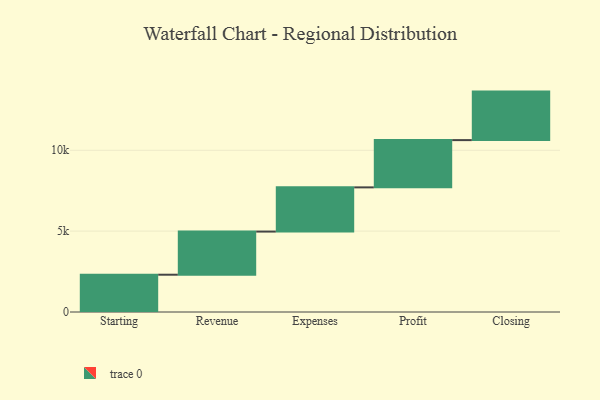
{"axis": {"x": "Step", "y": "Value"}, "legend": [""], "data": [{"x": "Starting", "y": 2306.0, "type": ""}, {"x": "Revenue", "y": 2667.0, "type": ""}, {"x": "Expenses", "y": 2734.0, "type": ""}, {"x": "Profit", "y": 2922.0, "type": ""}, {"x": "Closing", "y": 3000, "type": ""}]}